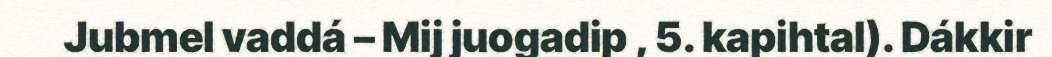
Jubmel vaddá – Mij juogadip , 5. kapihtal). Dákkir